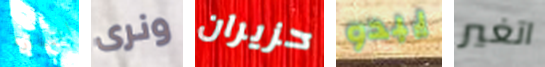
النظارة ونرى حزيران يبدو اتغير